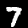
Label: 7